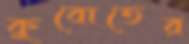
কুবোতের